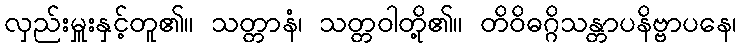
လှည်းမှူးနှင့်တူ၏။ သတ္တာနံ၊ သတ္တဝါတို့၏။ တိဝိဓဂ္ဂိသန္တာပနိဗ္ဗာပနေ၊